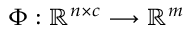
\Phi : \mathbb { R } ^ { n \times c } \longrightarrow \mathbb { R } ^ { m }